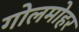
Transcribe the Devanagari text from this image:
गोलमोहर